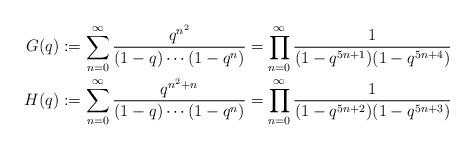
LaTeX: \begin{align*}G(q)&:=\sum_{n=0}^\infty\frac{q^{n^2}}{(1-q)\cdots(1-q^n)}=\prod_{n=0}^\infty\frac{1}{(1-q^{5n+1})(1-q^{5n+4})}\\H(q)&:=\sum_{n=0}^\infty\frac{q^{n^2+n}}{(1-q)\cdots(1-q^n)}=\prod_{n=0}^\infty\frac{1}{(1-q^{5n+2})(1-q^{5n+3})}\end{align*}